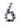
6